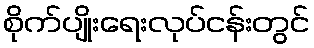
စိုက်ပျိုးရေးလုပ်ငန်းတွင်